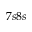
7 s 8 s